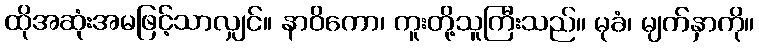
ထိုအဆုံးအမဖြင့်သာလျှင်။ နာဝိကော၊ ကူးတို့သူကြီးသည်။ မုခံ၊ မျက်နှာကို။